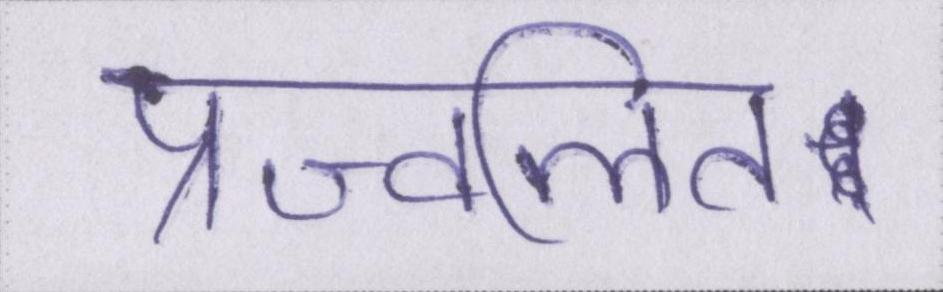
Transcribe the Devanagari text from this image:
प्रज्वलित